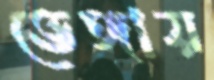
ভেঙ্গায়